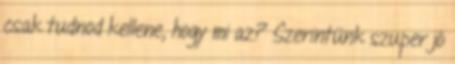
csak tudnod kellene, hogy mi az? Szerintünk szuper jó